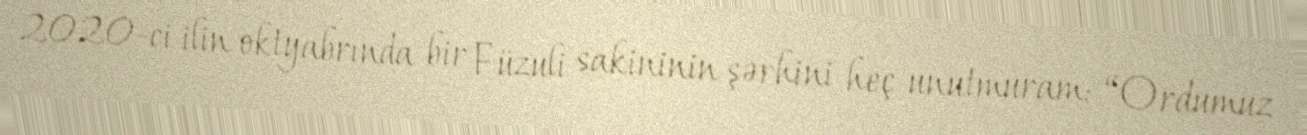
2020-ci ilin oktyabrında bir Füzuli sakininin şərhini heç unutmuram: “Ordumuz